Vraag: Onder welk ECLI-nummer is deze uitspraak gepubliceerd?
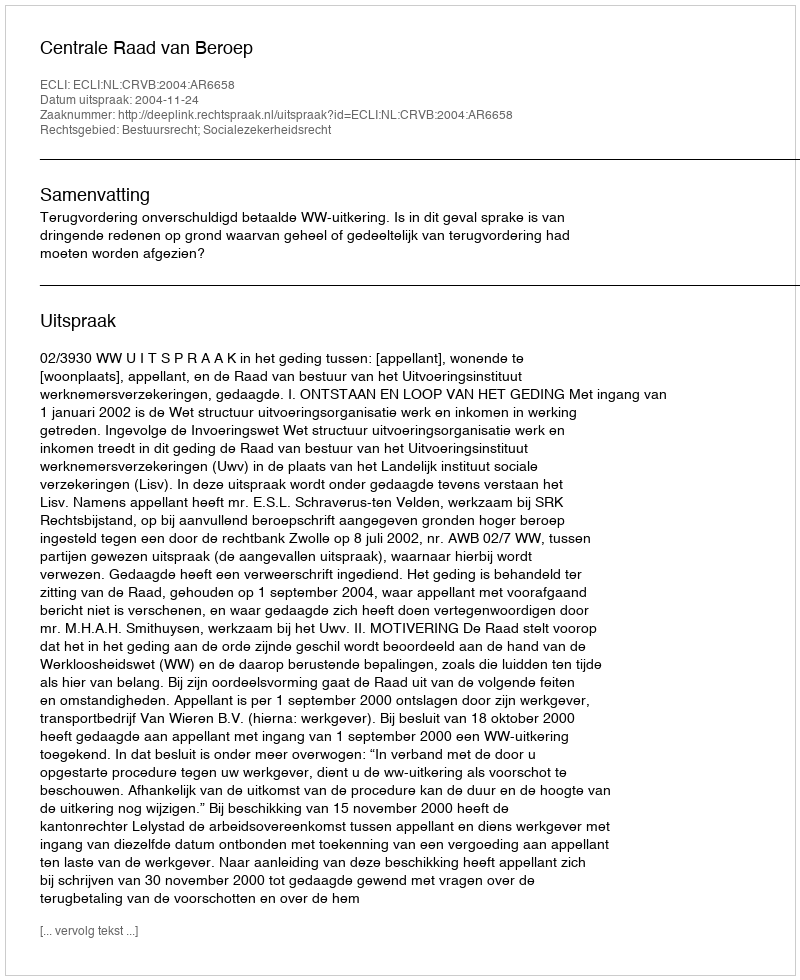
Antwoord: ECLI:NL:CRVB:2004:AR6658